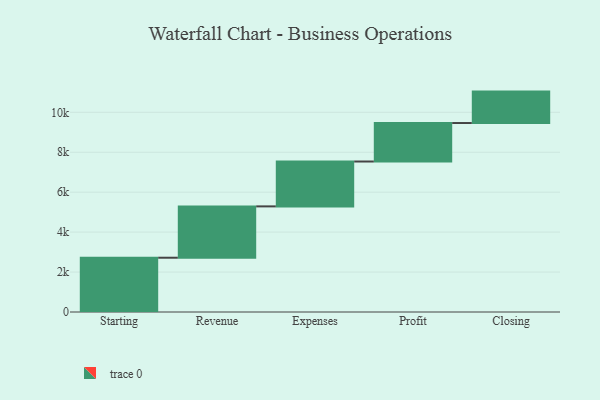
{"axis": {"x": "Step", "y": "Value"}, "legend": [""], "data": [{"x": "Starting", "y": 2718.0, "type": ""}, {"x": "Revenue", "y": 2571.0, "type": ""}, {"x": "Expenses", "y": 2247.0, "type": ""}, {"x": "Profit", "y": 1927.0, "type": ""}, {"x": "Closing", "y": 1574.0, "type": ""}]}